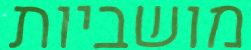
מושביות